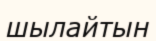
шылайтын